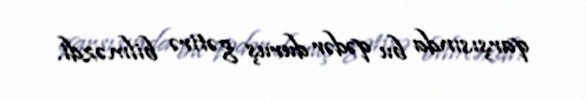
qarşısında bu qədər duruş gətirə bilməzdi.